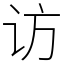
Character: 访